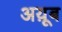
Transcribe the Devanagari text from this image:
अय़ूब